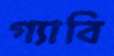
গ্যাবি